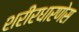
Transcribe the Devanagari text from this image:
शरीरधारणेस